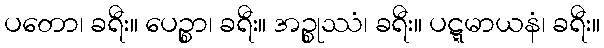
ပတော၊ ခရီး။ ပေဉ္စာ၊ ခရီး။ အဉ္စုဿံ၊ ခရီး။ ပဋ္ဋမာယနံ၊ ခရီး။